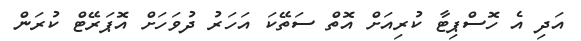
އަދި އެ ހޮސްޕިޓާ ކުރިއަށް އޮތް ސަތޭކަ އަހަރު ދުވަހަށް އޮޕަރޭޓް ކުރަން